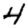
Digit: 4